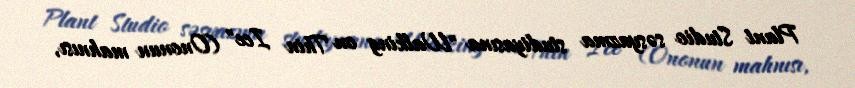
Plant Studio səsyazma studiyasına "Walking on Thin Ice" (Ononun mahnısı,